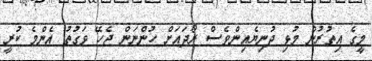
މީގެ އިތުރުން މުޅި ދުނިޔެއިންވެސް ރޯދައަށް ހުންނަން ޖެހޭ ވަގުތު އެންމެ ކުރީ